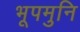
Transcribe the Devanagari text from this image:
भूपमुनि